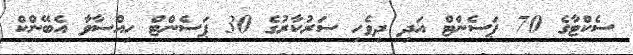
ސެކްޓާގެ 70 ޕަސެންޓް އަދި ދިވެހި ސަރުކާރުގެ 30 ޕަސެންޓް ހިއްސާވާ އެބޭންކް